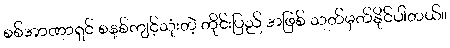
စစ်အာဏာရှင် စနစ်ကျင့်သုံးတဲ့ တိုင်းပြည် အဖြစ် သတ်မှတ်နိုင်ပါတယ်။